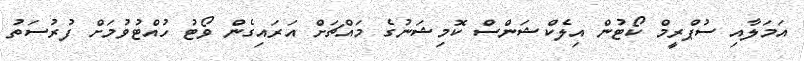
އަމަލާއި ސުޕްރީމް ކޯޓުން އިލެކްޝަންސް ކޮމިޝަނުގެ މައްޗަށް އަރައިގެން ވޯޓު ހުއްޓުވުމަށް ފުރުސަތު